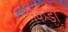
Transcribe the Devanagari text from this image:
सकड़ों